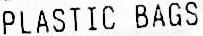
PLASTIC BAGS